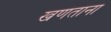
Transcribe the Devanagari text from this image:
खणताना